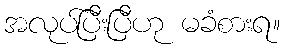
အလုပ်ပြီးပြီဟု မခံစားရ။